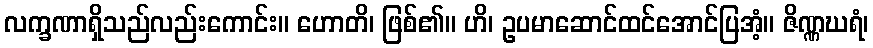
လက္ခဏာရှိသည်လည်းကောင်း။ ဟောတိ၊ ဖြစ်၏။ ဟိ၊ ဥပမာဆောင်ထင်အောင်ပြအံ့။ ဇိဏ္ဏဃရံ၊